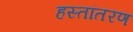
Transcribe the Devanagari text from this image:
हस्‍तांतरण